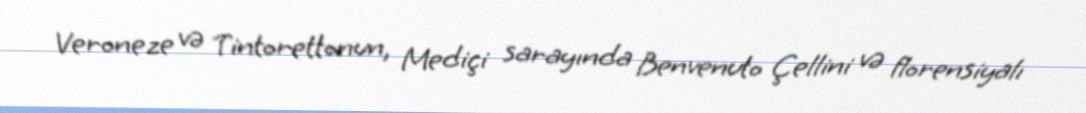
Veroneze və Tintorettonun, Mediçi sarayında Benvenuto Çellini və florensiyalı